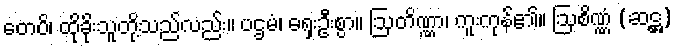
တေပိ၊ ထိုခိုးသူတို့သည်လည်း။ ပဌမံ၊ ရှေးဦးစွာ။ ဩတိဏ္ဏာ၊ ကူးကုန်၏။ ဩစိဏ္ဏံ (ဆဋ္ဌ)